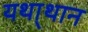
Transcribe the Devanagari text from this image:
यथा्थान